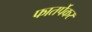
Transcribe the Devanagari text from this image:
फातर्पेकर